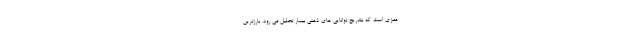
مغزی است که بتدریج توانایی‌ های ذهنی بیمار تحلیل می ‌رود. بارزترین